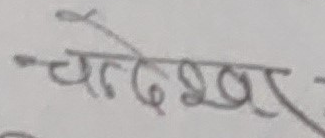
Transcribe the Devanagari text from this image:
चादेश्वर